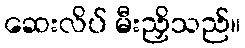
ဆေးလိပ် မီးညှိသည်။